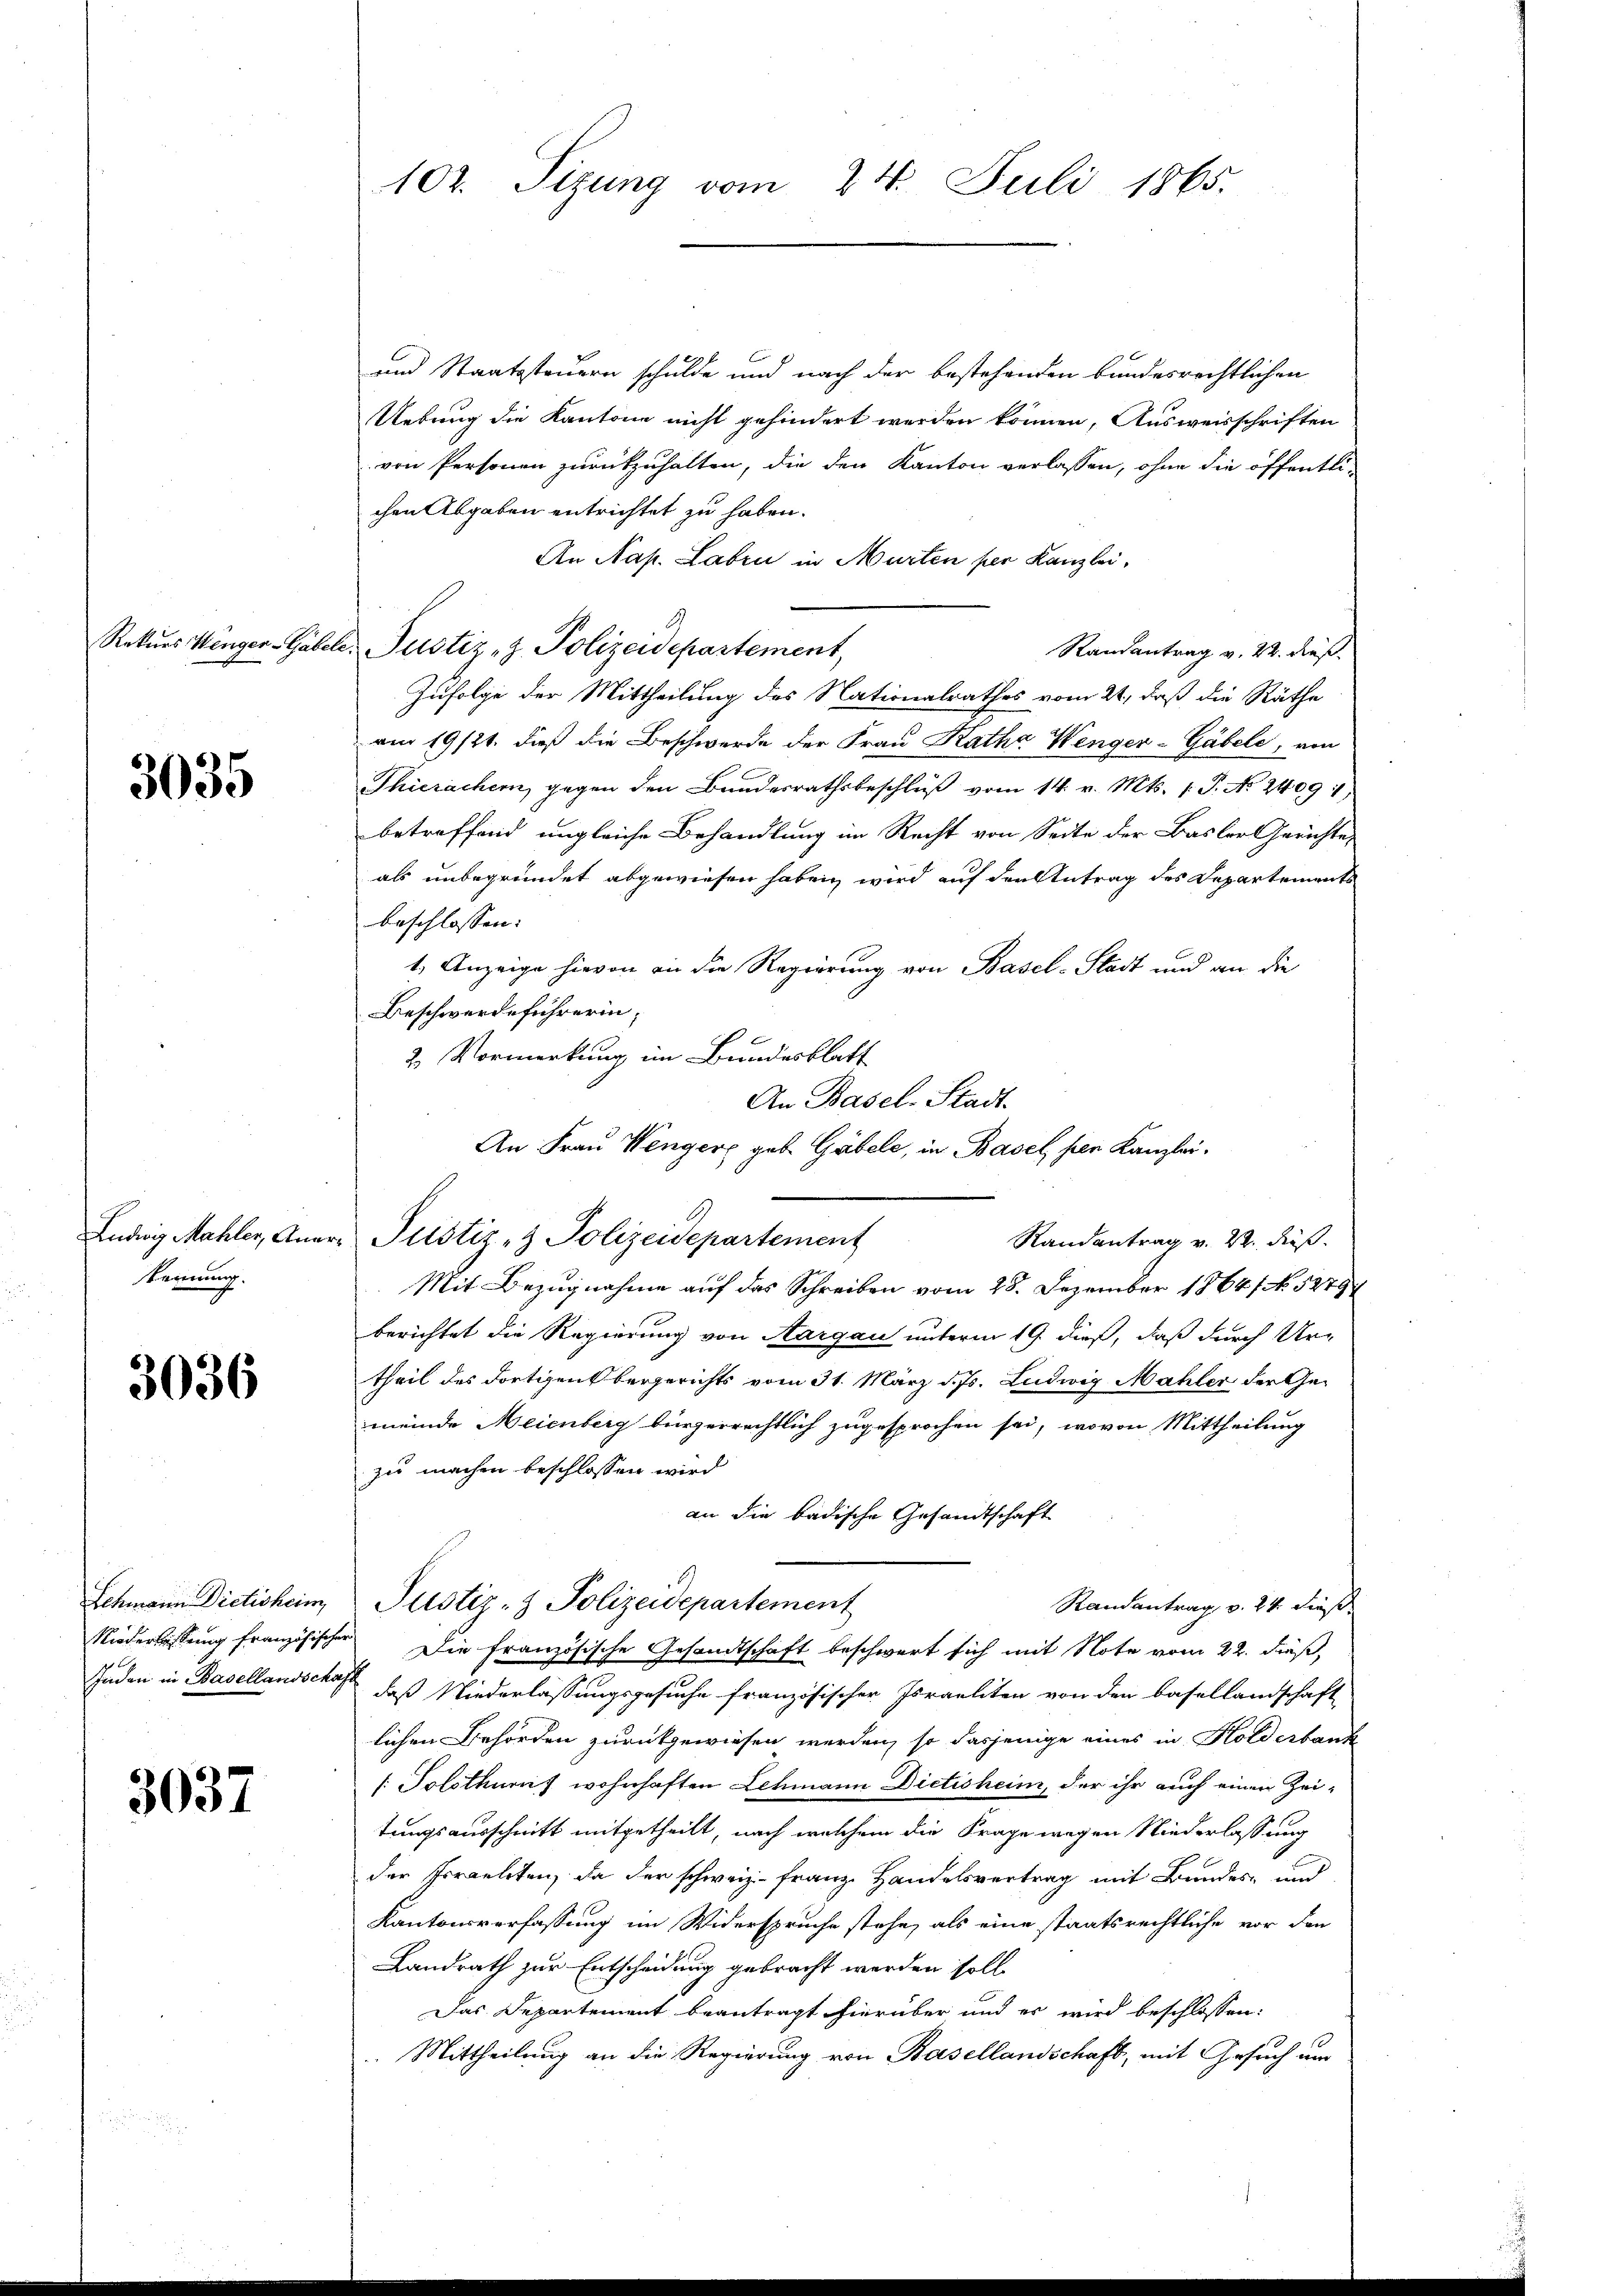
Rekurs enger-Gabe

3035

Ludwig Mahler, Am
kennung.

3036

3037

102. Sizung vom 24. Juli 1865.

n
und Staatssteuern schulde und nach der bestehenden bundesrechtlichen
Uebung die Kantone nicht gehindert werden können, Ausweisschriften
von Personen zurückzuhalten, die den Kanton verlassen, ohne die öffentlichen Abgaben entrichtet zu haben.
An Nap. Laben in Murten per Kanzlei,
2. Justiz, z. Polizeidepartement,
Randantrag v. 22. dieß
Zufolge der Mittheilung des Nationalrathes vom 21., daß die Räthe
am 19/21. dieß die Beschwerde der Frau Rathe Wenger-Gäbeld, von
Thierachern, gegen den Bundesrathsbeschlŭβ vom 14. v. Mts. 1. P. Nr. 2409
betreffend ungleiche Behandlung im Recht von Seite der Basler Gerichte,
als unbegründet abgewiesen haben wird auf den Antrag des Departements
beschlossen:
1. Anzeige hievon an die Regierung von Basel-Stadt und an die
Beschwerdeführerin,
2. Vormerkung im Bundesblatt
An Basel-Stadt.
An Frau Wengere geb. Gäbele, in Basel per Kanzlei-
r. Justiz- & Polizeidepartement
Randantrag v. 22. dieß.
Mit Bezugnahme auf das Schreiben vom 28. Dezember 1864, No. 5279/
berichtet die Regierung von Aargau unterm 19. dieß, daß durch Ur-
theil des dortigensbergerichts vom 31. März d. Js. Ludwig Mahler der Gemeinde Meienberg beizerrechtlich zugesprochen sei, wovon Mittheilung
zu machen beschlossen wird
an die badische Gesandtschaft
Schmann Dictisheim, Pustiz- & Polizeidepartement
Randantrag v. 24. dieß¬
Niederlassung französischer Die französische Gesandtschaft beschwert sich mit Note vom 22. dieß,
Juden in Basellandschaften, daß Niederlassungsgesuche französischer Israeliten von den Basellandschaft
lichen Behörden zurückgewiesen werden, so dasjenige eines in Holderbank
/: Solothurns wohnhaften Lehmann Dietisheim, der ihr auch einen Zeitungsausschritt mitgetheilt, nach welchem die Frage wegen Niederlassung
der Irraeliten, da der schweiz. Franz Handelsvertrag mit Bundes- und
Kantonsverfassung im Widerspruche stehe, als eine staatsrechtliche vor den
Landrath zur Entscheidung gebracht werden soll.
Das Departement beantragt hierüber und es wird beschlossen:
 Mittheilung an die Regierung von Basellandschaft, mit Gesuch um